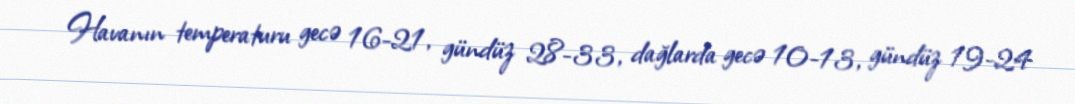
Havanın temperaturu gecə 16-21, gündüz 28-33, dağlarda gecə 10-13, gündüz 19-24